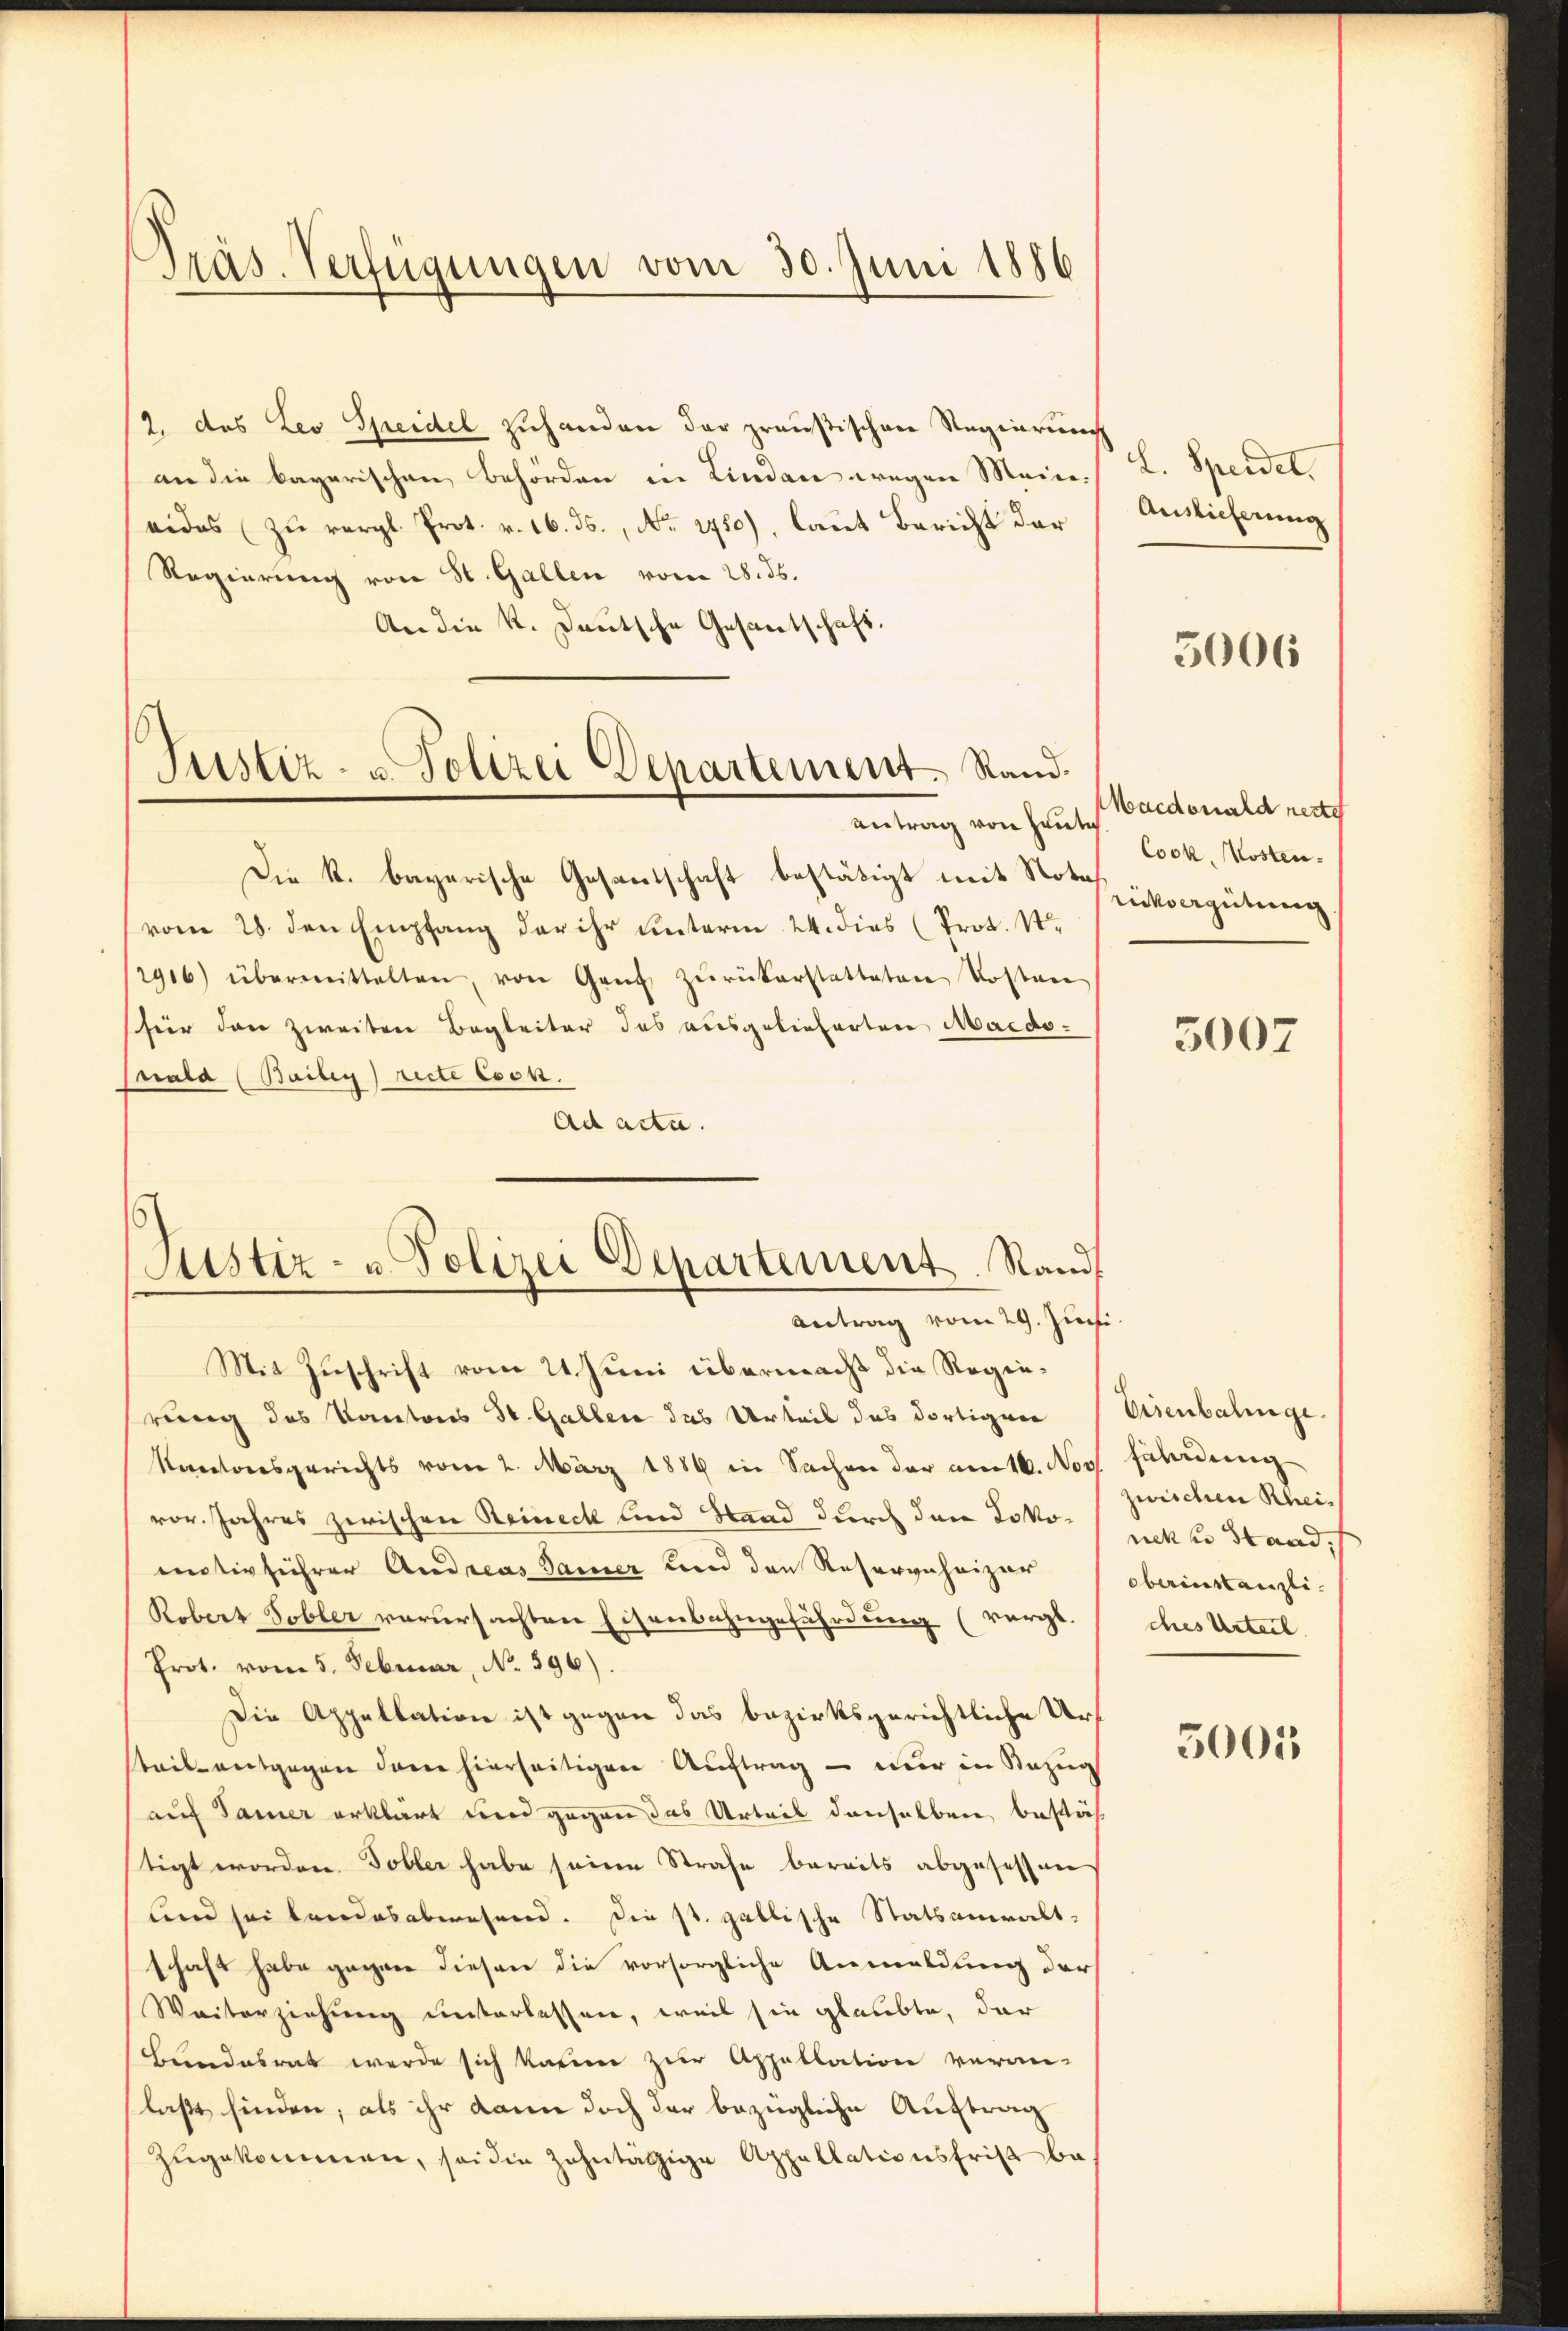
Präs. Verfügungen vom 30. Juni 1886

12. das Les Speidel zuhanden der preußischen Regierung
an die bayerischen Behörden in Lindau wegen Meineides zu vergl. Prot. v. 16. ds., No. 2750), laut Bericht der
Regierung von St. Gallen vom 28. ds.
An die K. Deutsche Gesantschaft.
Die k. bayerische Gesandtschaft bestätigt mit Sohnsvergütung
vom 28. den Empfang der ihr unterm 24. dies (Prot. St.
2906) übermittelten, von Gang zŭrückerstatteten Kosten
für dann zweiten Begleiter das ausgelieferten Maidopsala (Baileg recte cson.
Ad acta.
Justiz- u. Polizei Departement. Rand
Antrag vom 29. Juni
Mit Zuschrift vom 21. Juni übermacht die Regierung des Kantons St. Gallen das Urteil das dortigen
Kantonsgerichts vom 2. März 1889 in Sachen der amt. Noch fährdung
vor. Jahres zwischen Reineck und Stand durch den Lokoemtivführer Andreas Samer und den Resergeheizer
Robert Tobler verursachten Eisenbahngefährdung (vergl.
Prot. vom 5. Februar, No. 596).
Die Appellation ist gegen das bezirksgerichtliche Urteil entgegen dene hierseitigen Auftrag – nur in Anzug
auf Samer erklärt und gegen das Urteil denselben, bestäh
tigt worden Tobler habe seine Strafe bereits abgesessen
und sei bandesabwesend. Die st. gallische Statsanwalt-
schaft habe gegen diesen die vorsorgliche Anmeldung der
Weiterziehung unterlassen, weil sie glaubte, der
Bundesrat werde sich kaum zur Appellation veran-
laßt finden, als ihr dann doch der bezügliche Auftrag
zugekommen, sei die Zahntätzige Appellationsfrist ba

Justiz- u. Polizei Departement. Rand.
Antrag von heute

L. Speidet.
Auslieferung

3006

Wacdonald reste
Cock. Kosten.

3007

Eisenbalinge.
zwischen Rheinck u Stand,
oberinstanzli.
ches Urteil

5005